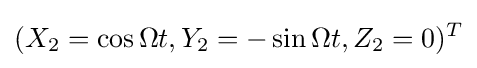
(X_{2}=\cos \Omega t,Y_{2}=-\sin \Omega t,Z_{2}=0)^{T}